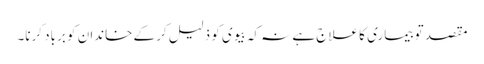
مقصد تو بیماری کا علاج ہے نہ کہ بیوی کو ذلیل کر کے خاندان کو برباد کرنا۔